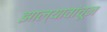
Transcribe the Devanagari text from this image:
झाल्यावांचून